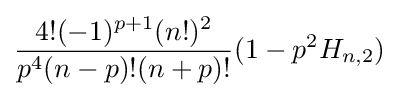
{\frac {4!(-1)^{p+1}(n!)^{2}}{p^{4}(n-p)!(n+p)!}}(1-p^{2}H_{n,2})